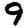
Digit: 9